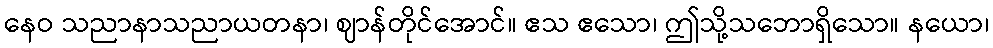
နေဝ သညာနာသညာယတနာ၊ ဈာန်တိုင်အောင်။ ဧသ ဧသော၊ ဤသို့သဘောရှိသော။ နယော၊